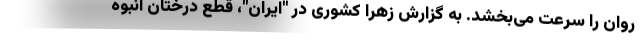
روان را سرعت می‌بخشد. به گزارش زهرا کشوری در "ایران"، قطع درختان انبوه